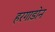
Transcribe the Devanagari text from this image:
हरगाडोन